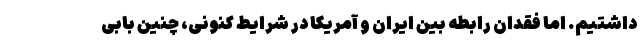
داشتیم. اما فقدان رابطه بین ایران و آمریکا در شرایط کنونی، چنین بابی